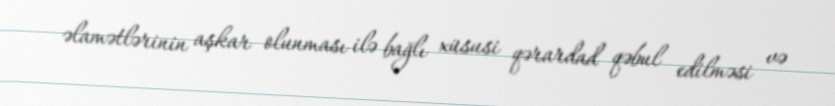
əlamətlərinin aşkar olunması ilə bağlı xüsusi qərardad qəbul edilməsi və